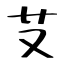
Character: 𦫿